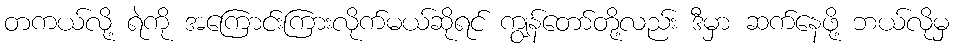
တကယ်လို့ ရဲကို အကြောင်းကြားလိုက်မယ်ဆိုရင် ကျွန်တော်တို့လည်း ဒီမှာ ဆက်နေဖို့ ဘယ်လိုမှ